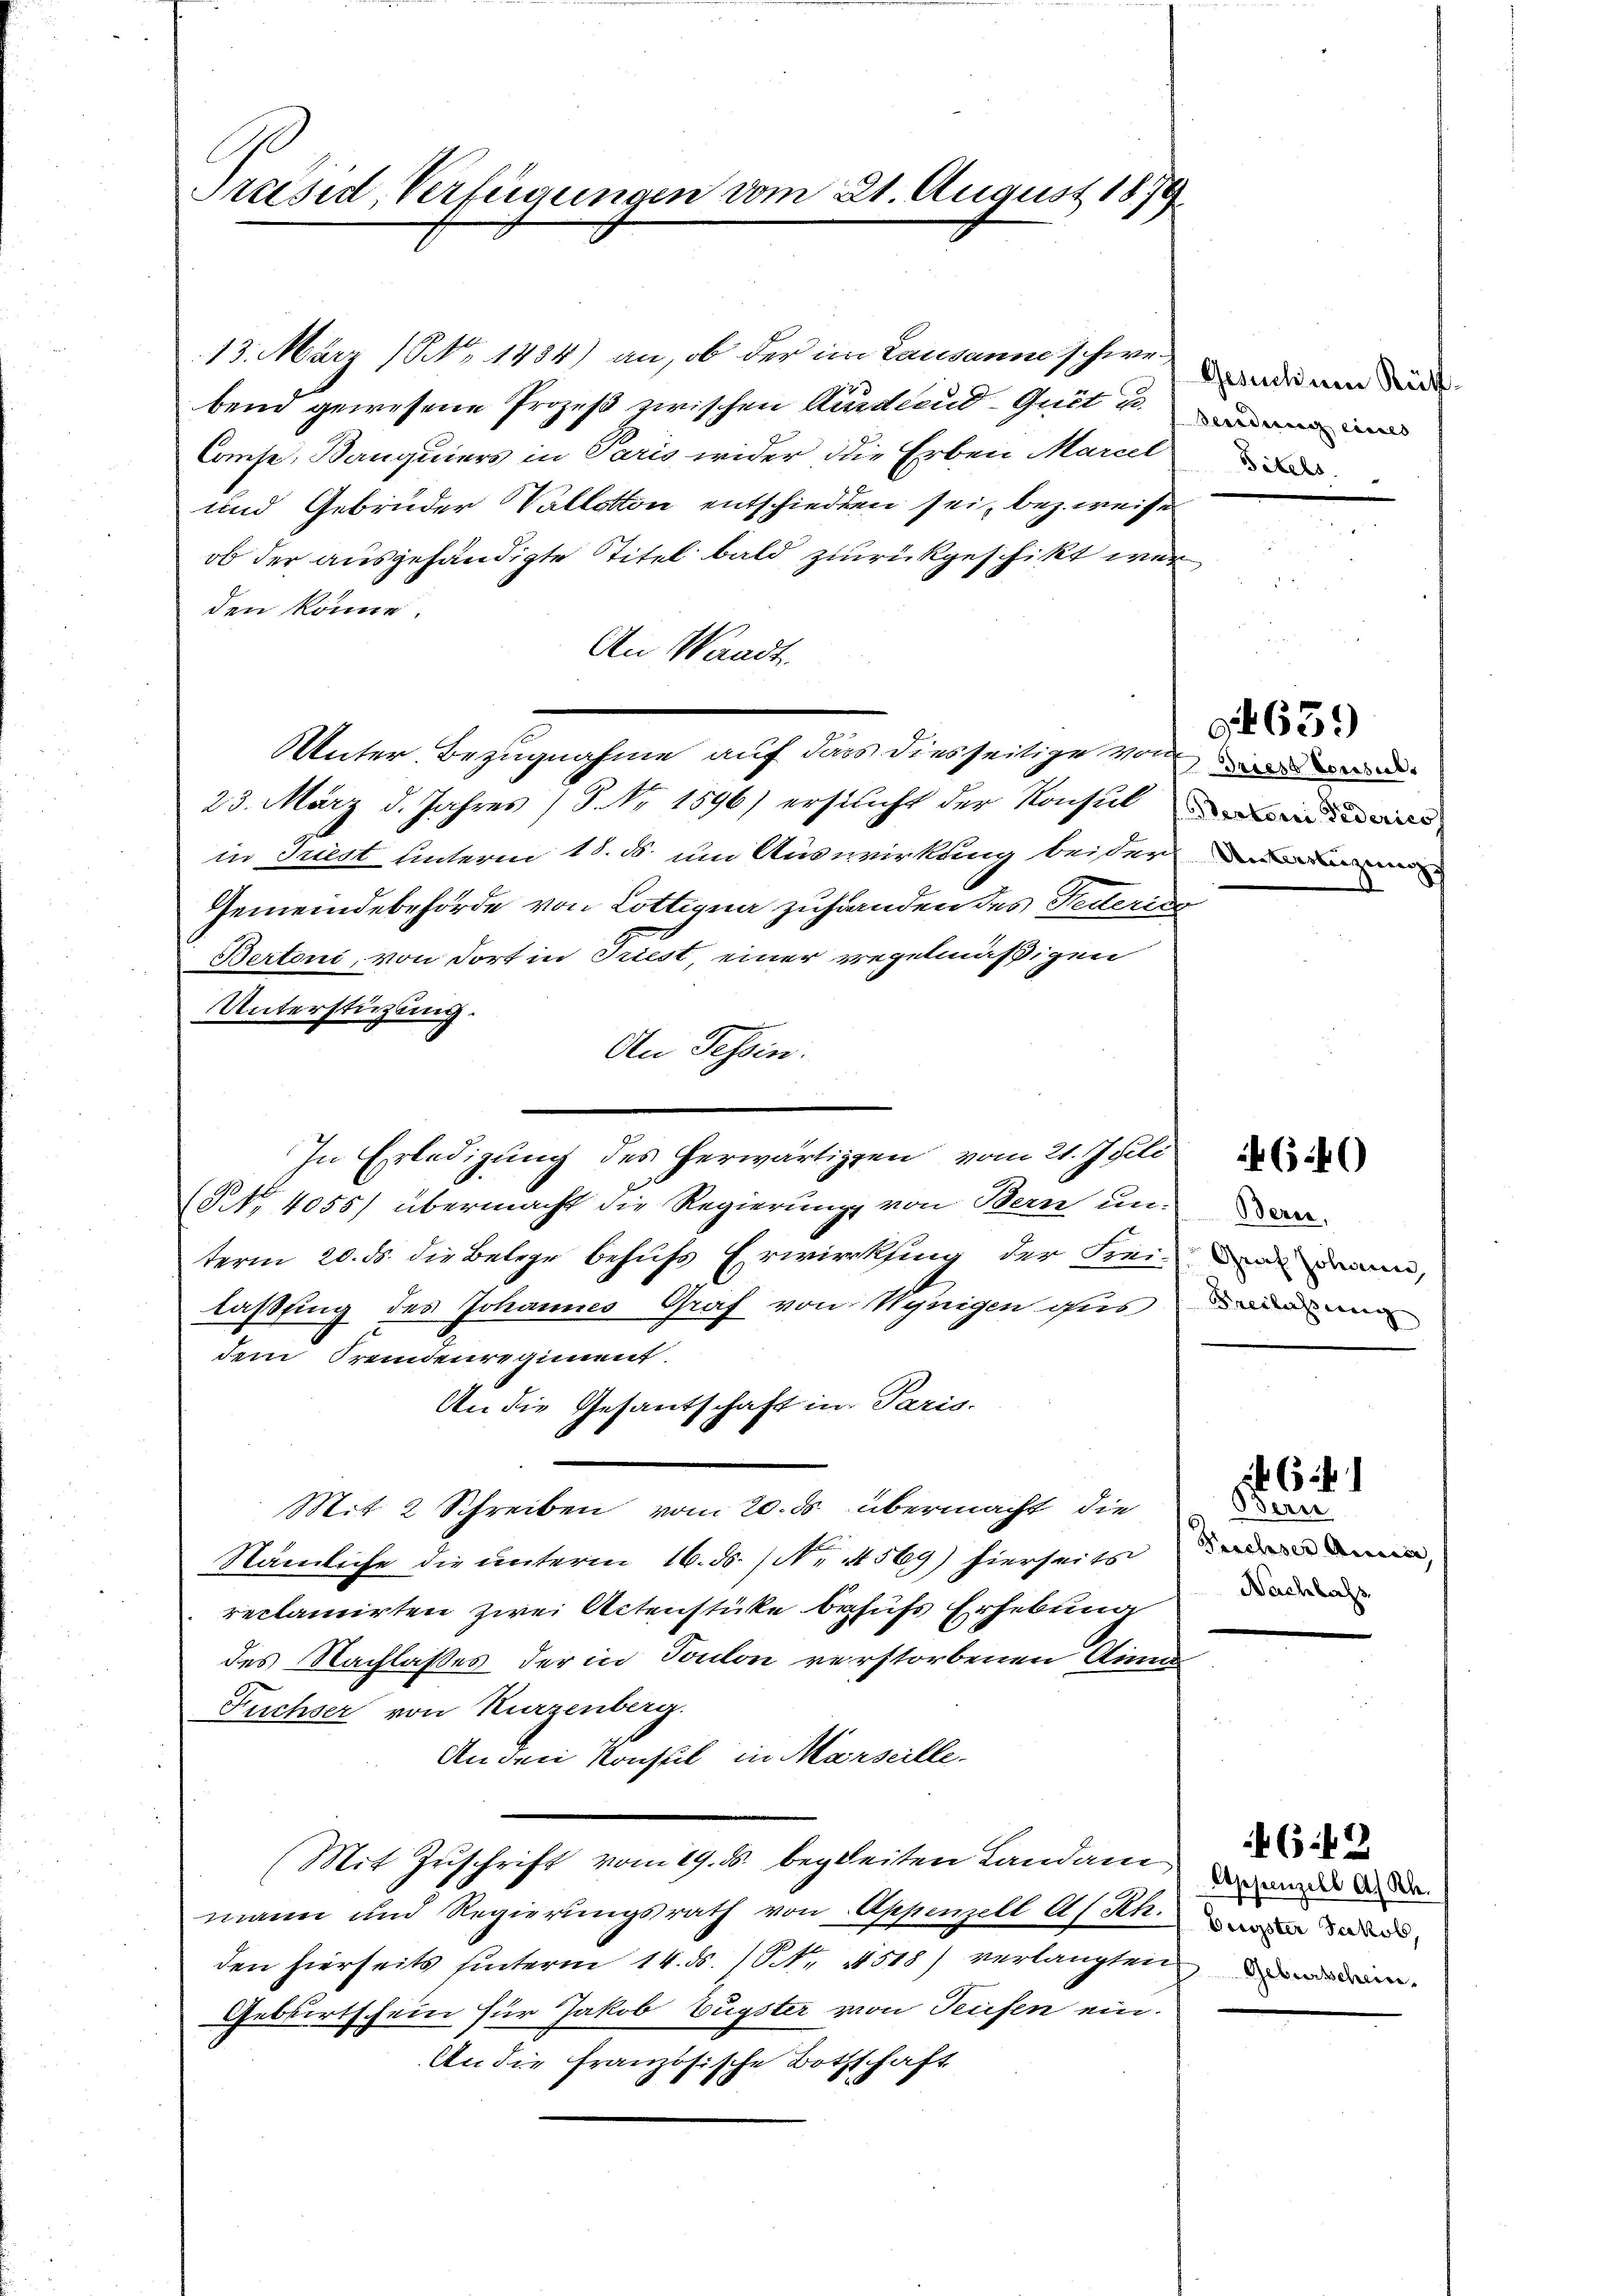
Praesid, Verfügungen vom 21. August 187

13. März (NNo. 1484) an, ob der im Lausanne schwebend gewesene Prozeß zwischen Kindernd Quit u. an und
Conse. Banquiers in Paris wider die Erben Marcel
und Gebrüder Vallotton entschieden sei, bezweise
ob der ausgehändigte Titel bald zurückgeschikt war
den könne.
An Waadt.
Unter Bezugnahme auf dass diesseitige von
23. März d. Jahres (S. Nr. 1596) erstlicht der Konsul in
in Triest unterm 18. d. um Auswirkung beiter
Gemeindebehörde von Lottigna zuhanden des Federiss
Bertoni, von dort in Triest, einer regelmäßigen
Unterstützung.
An Tessin.
In Erledigung des herwärtigen vom 21. Juli
NN., 4055) übermacht die Regierung von Bern un-
term 20. ds. die Belege behufs Erwirkung der Frei-
laßung des Johannes Graf von Wenigen ons
dem Fremdenregiment.
An die Gesantschaft in Paris.
Mit 2 Schreiben vom 20. ds. übermacht, die
Nämliche die unterm 16. ds. (N. 4569) hierseits in
reclamirten zwei Actenstücke behufs Erhebung
des Nachlaßes der in Toulon verstorbenen Sinn
Fuchser von Kurzenberg.
An den Konsul in Marseille
(Mit Zuschrift vom 19. ds. begleiten Landam, da d
mann und Regierungsrath von Appenzell A/Rh.
den hierseits hinterm 14. ds. 1. 4518) verlangten an
Geburtschein für Jakob Eugster von Teufen ein.
An die französische Bothschaft

Gesuch um Rüt¬
Titels.

G659)

(546)

Bern,
Grat Johann,
Freilassung

6

Berei
Nachlass

(.42